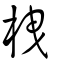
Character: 栧